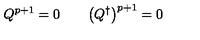
Q ^ { p + 1 } = 0 \qquad \bigl ( Q ^ { \dagger } \bigr ) ^ { p + 1 } = 0